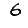
Digit: 6